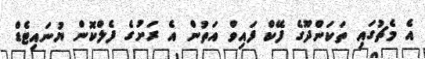
އެ މެޗުގައި ތަކަންދޫގެ ފޭކް ފައިވް އަތުން އެ ރަށުގެ ފެލްކޮން ޔުނައިޓެޑް